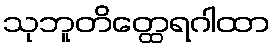
သုဘူတိတ္ထေရဂါထာ